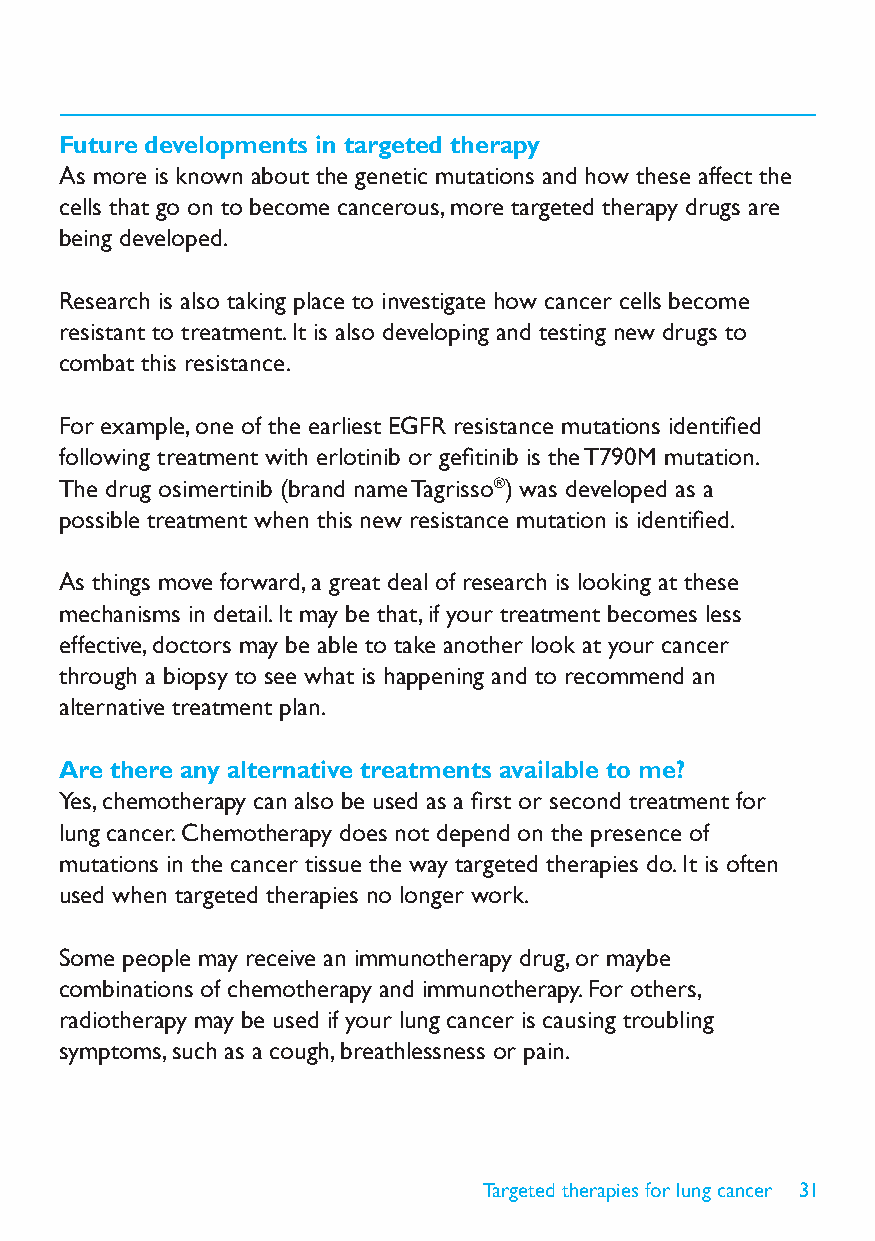
Future developments in targeted therapy
 As more is known about the genetic mutations and how these affect the
 cells that go on to become cancerous, more targeted therapy drugs are
 being developed.
 Research is also taking place to investigate how cancer cells become
 resistant to treatment. It is also developing and testing new drugs to
 combat this resistance.
 For example, one of the earliest EGFR resistance mutations identified
 following treatment with erlotinib or gefitinib is the T790M mutation.
 The drug osimertinib (brand name Tagrisso®) was developed as a
 possible treatment when this new resistance mutation is identified.
 As things move forward, a great deal of research is looking at these
 mechanisms in detail. It may be that, if your treatment becomes less
 effective, doctors may be able to take another look at your cancer
 through a biopsy to see what is happening and to recommend an
 alternative treatment plan.
 Are there any alternative treatments available to me?
 Yes, chemotherapy can also be used as a first or second treatment for
 lung cancer. Chemotherapy does not depend on the presence of
 mutations in the cancer tissue the way targeted therapies do. It is often
 used when targeted therapies no longer work.
 Some people may receive an immunotherapy drug, or maybe
 combinations of chemotherapy and immunotherapy. For others,
 radiotherapy may be used if your lung cancer is causing troubling
 symptoms, such as a cough, breathlessness or pain.
 Targeted therapies for lung cancer 31